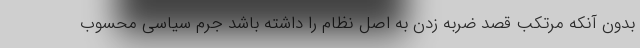
بدون آنکه مرتکب قصد ضربه زدن به اصل نظام را داشته باشد جرم سیاسی محسوب